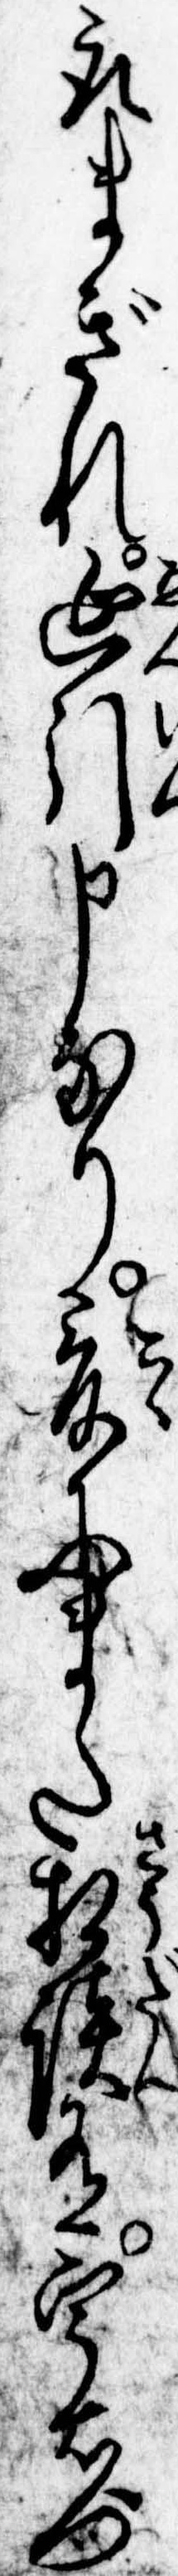
取まぎれ延引申なり爰にまた相談有宇右門